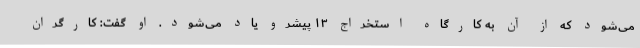
می‌شود که از آن به کارگاه استخراج ۱۳ پیشرو یاد می‌شود. او گفت: کارگران